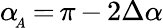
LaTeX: \alpha\! _{_A}\, {=}\, \pi\, {-}\, 2\Delta\alpha